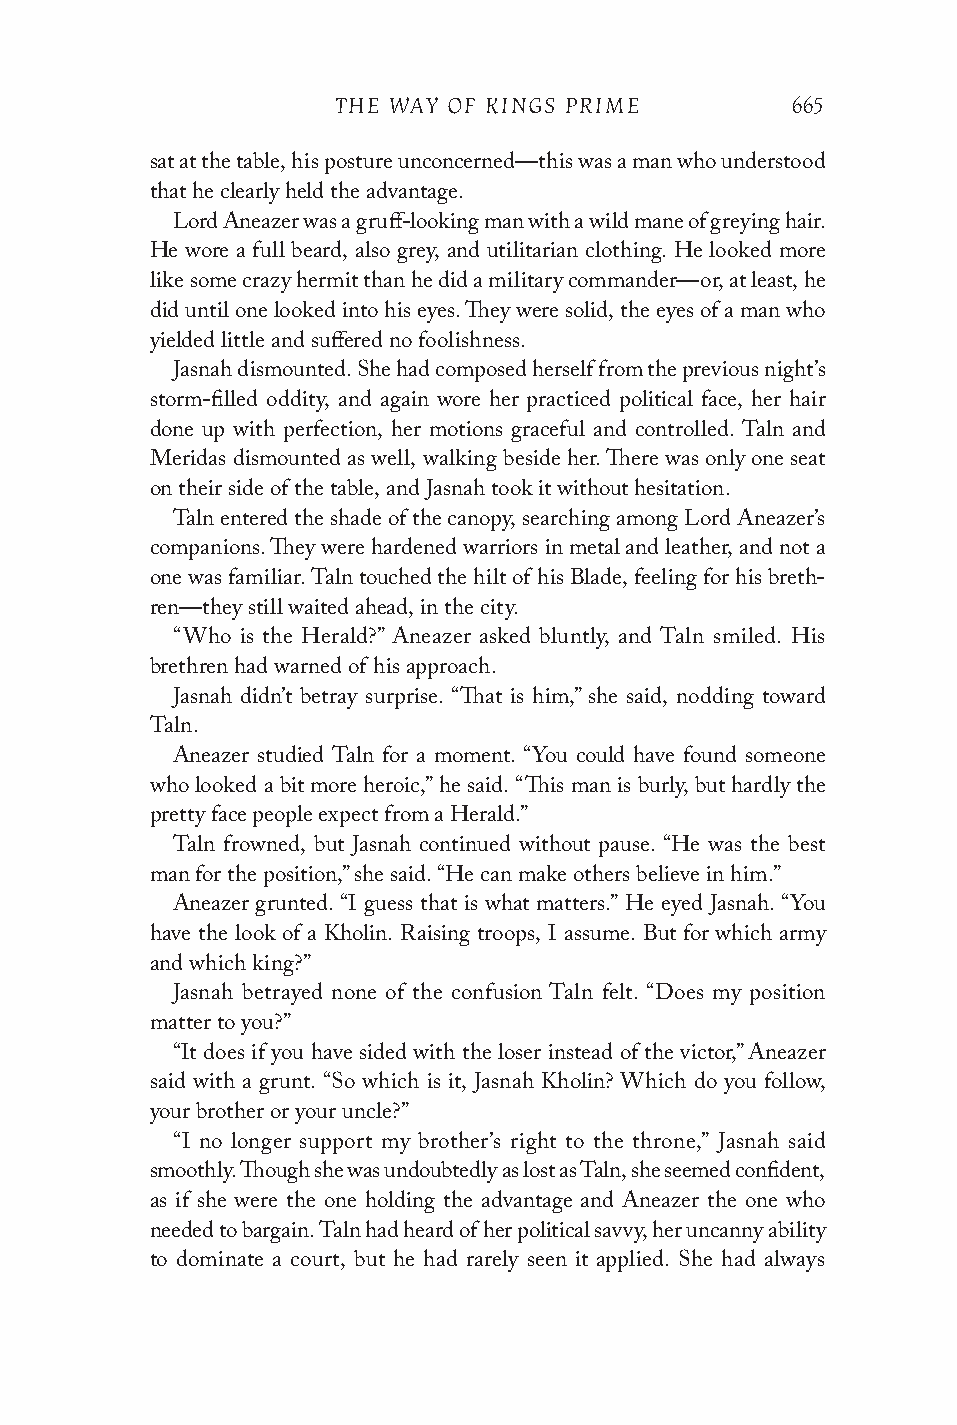
THE WAY OF KINGS PRIME        665
 sat at the table, his posture unconcerned—this was a man who understood
 that he clearly held the advantage.
 Lord Aneazer was a gruff-looking man with a wild mane of greying hair.
 He wore a full beard, also grey, and utilitarian clothing. He looked more
 like some crazy hermit than he did a military commander—or, at least, he
 did until one looked into his eyes. They were solid, the eyes of a man who
 yielded little and suffered no foolishness.
 Jasnah dismounted. She had composed herself from the previous night’s
 storm-filled oddity, and again wore her practiced political face, her hair
 done up with perfection, her motions graceful and controlled. Taln and
 Meridas dismounted as well, walking beside her. There was only one seat
 on their side of the table, and Jasnah took it without hesitation.
 Taln entered the shade of the canopy, searching among Lord Aneazer’s
 companions. They were hardened warriors in metal and leather, and not a
 one was familiar. Taln touched the hilt of his Blade, feeling for his breth-
 ren—they still waited ahead, in the city.
 “Who is the Herald?” Aneazer asked bluntly, and Taln smiled. His
 brethren had warned of his approach.
 Jasnah didn’t betray surprise. “That is him,” she said, nodding toward
 Taln.
 Aneazer studied Taln for a moment. “You could have found someone
 who looked a bit more heroic,” he said. “This man is burly, but hardly the
 pretty face people expect from a Herald.”
 Taln frowned, but Jasnah continued without pause. “He was the best
 man for the position,” she said. “He can make others believe in him.”
 Aneazer grunted. “I guess that is what matters.” He eyed Jasnah. “You
 have the look of a Kholin. Raising troops, I assume. But for which army
 and which king?”
 Jasnah betrayed none of the confusion Taln felt. “Does my position
 matter to you?”
 “It does if you have sided with the loser instead of the victor,” Aneazer
 said with a grunt. “So which is it, Jasnah Kholin? Which do you follow,
 your brother or your uncle?”
 “I no longer support my brother’s right to the throne,” Jasnah said
 smoothly. Though she was undoubtedly as lost as Taln, she seemed confident,
 as if she were the one holding the advantage and Aneazer the one who
 needed to bargain. Taln had heard of her political savvy, her uncanny ability
 to dominate a court, but he had rarely seen it applied. She had always